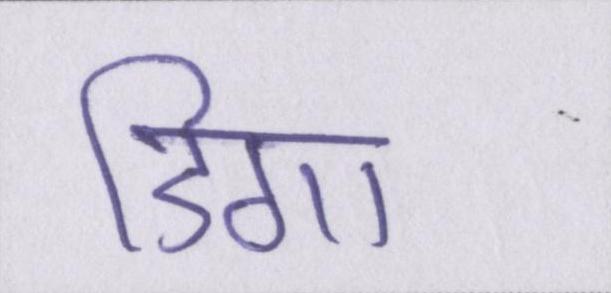
डिगा